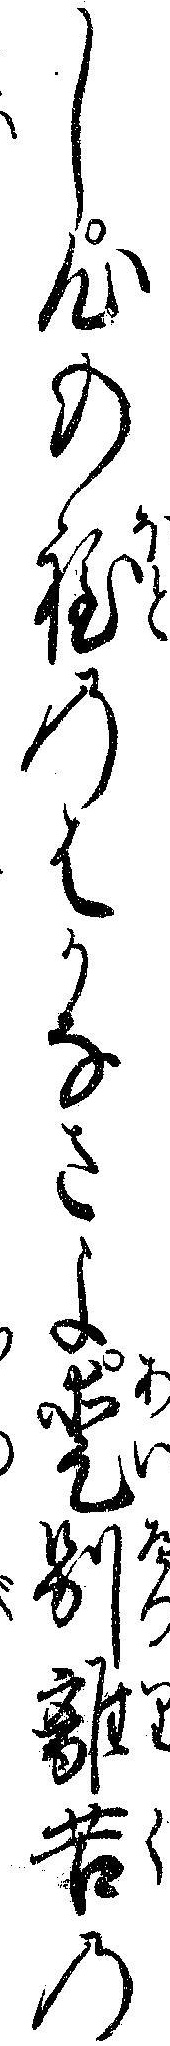
し心の程のはかなさよ愛別離苦の